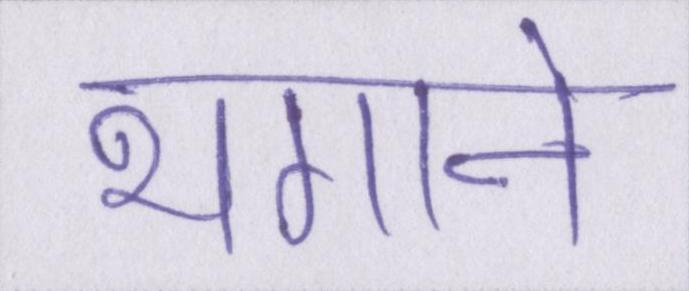
भगाने